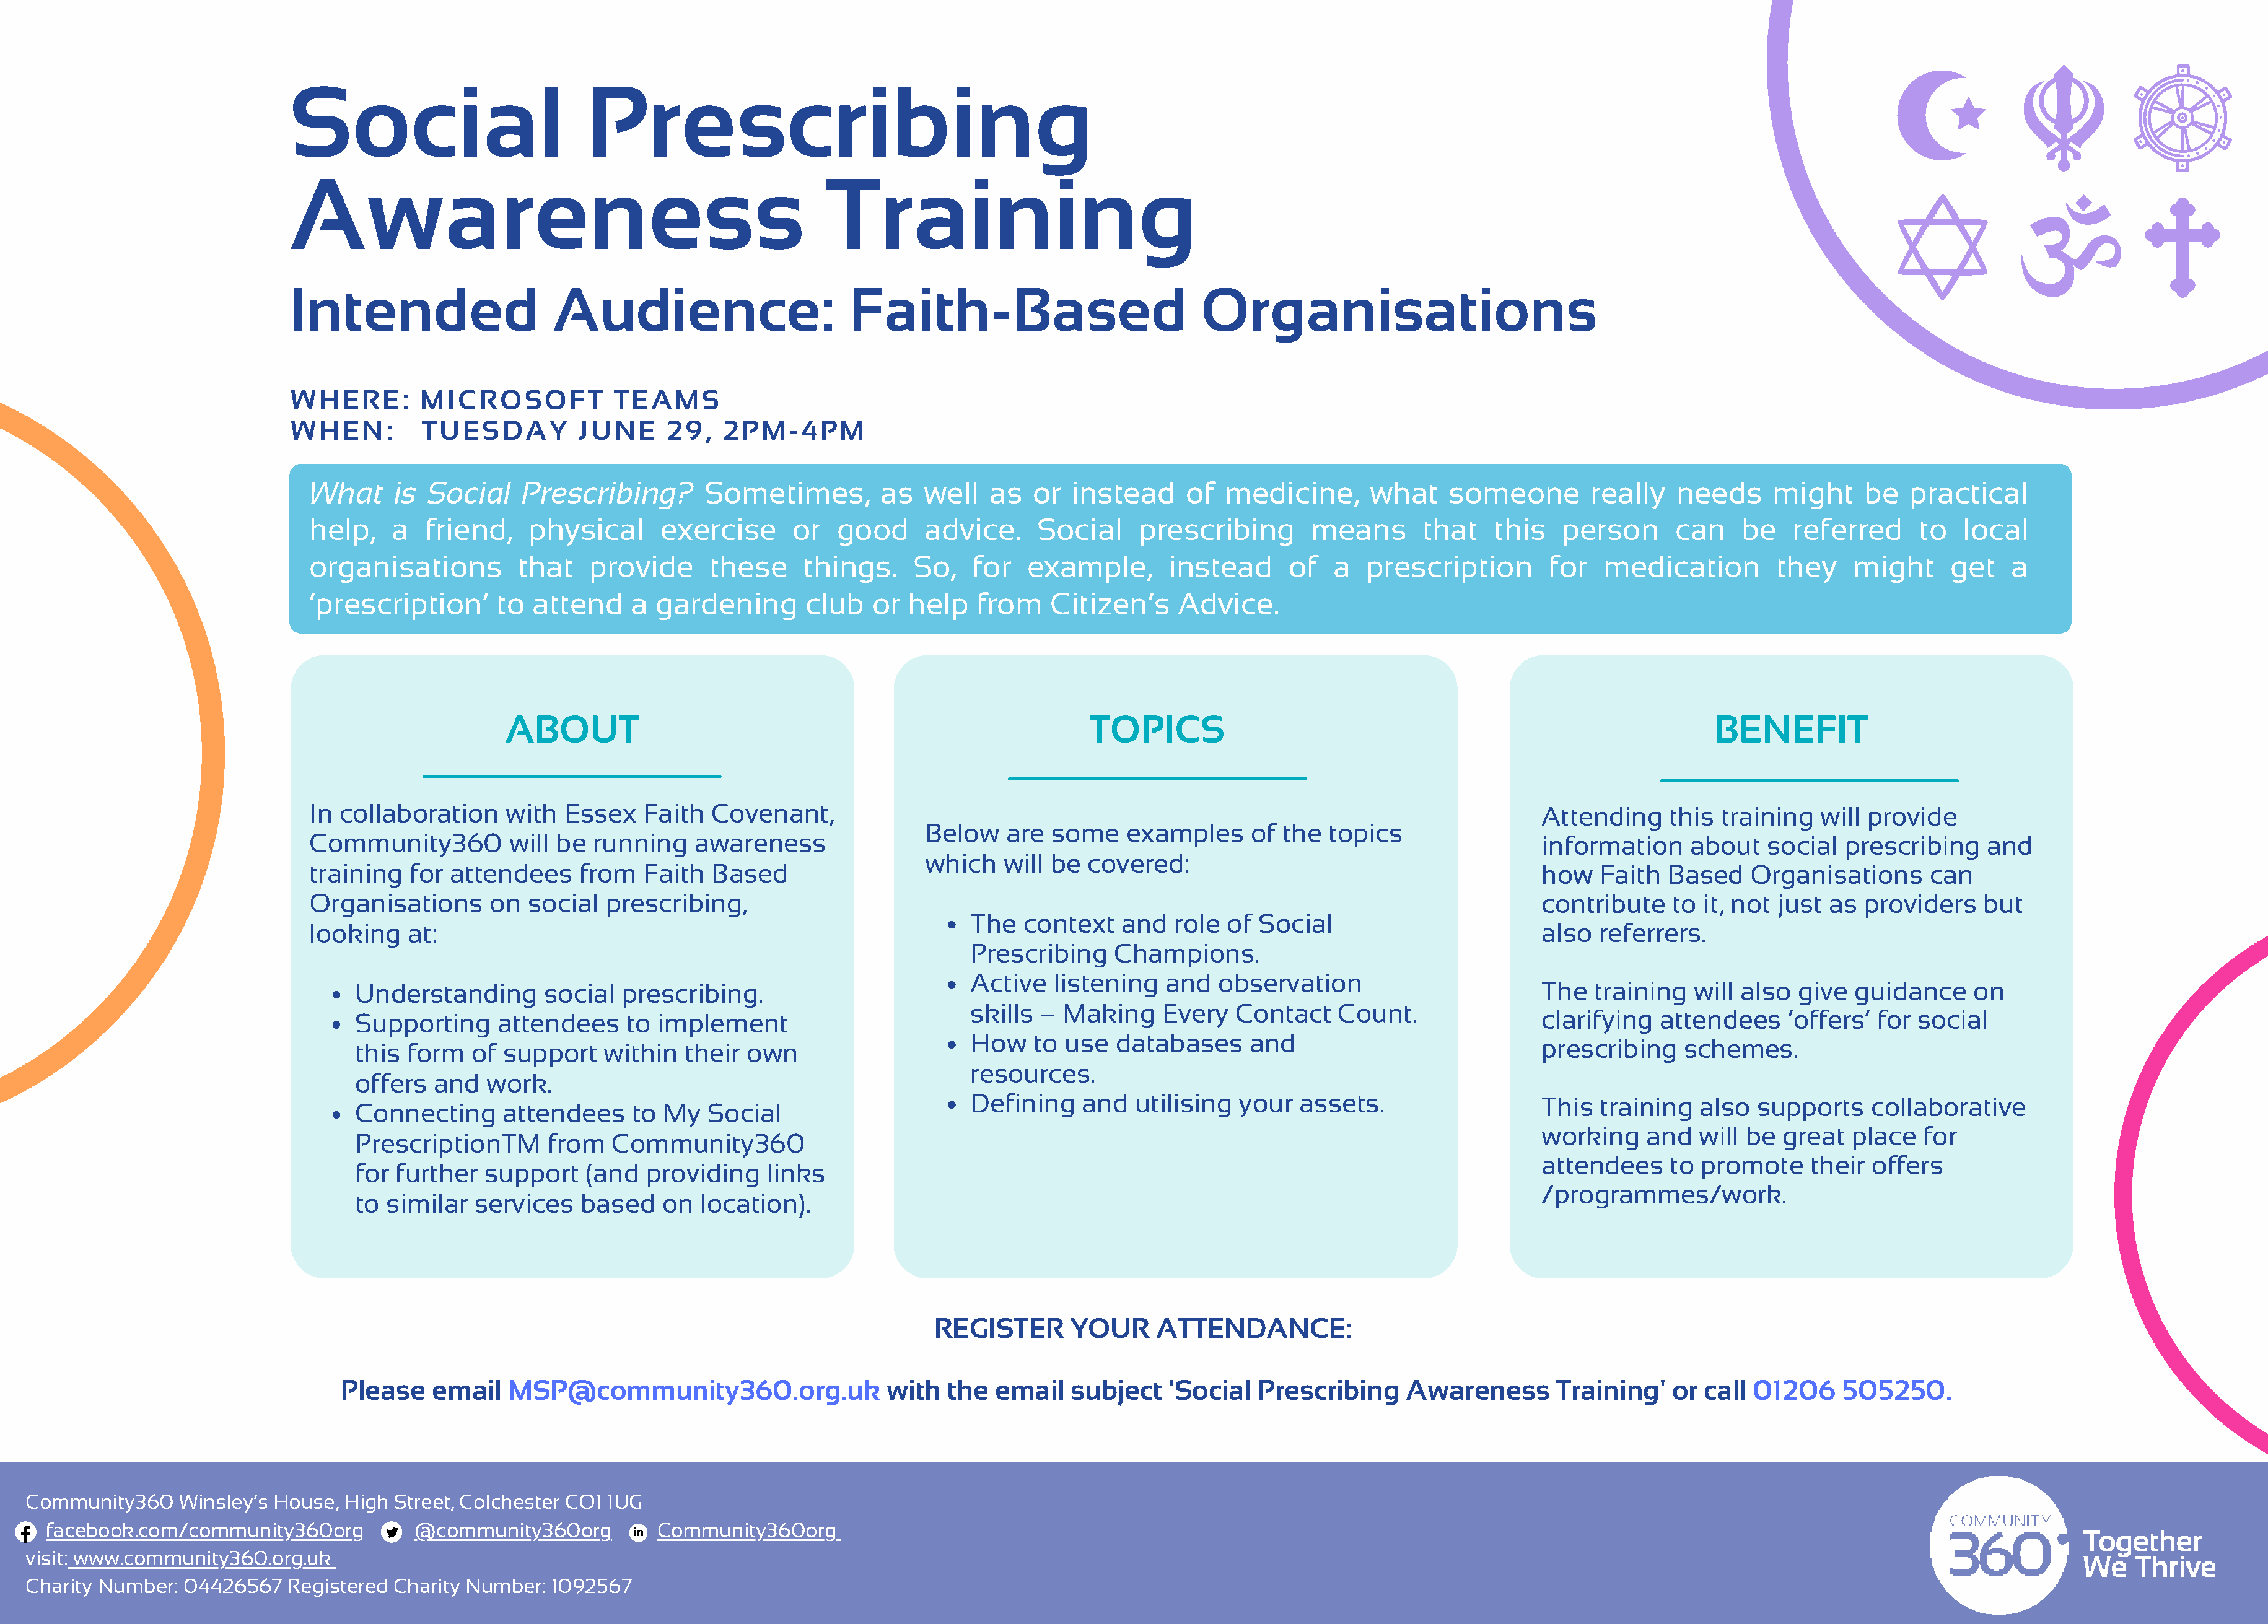
Social                          Prescribing
 Awareness                                                Training
 Intended                    Audience:                       Faith-Based                          Organisations
 WHERE:        MICROSOFT            TEAMS
 WHEN:         TUESDAY          JUNE     29,   2PM-4PM
 What     is  Social    Prescribing?       Sometimes,         as   well   as  or  instead      of  medicine,      what     someone        really   needs     might     be   practical
 help,    a  friend,    physical       exercise      or  good      advice.     Social     prescribing       means       that    this   person      can    be    referred     to   local
 organisations         that    provide      these     things.     So,   for   example,       instead      of  a   prescription       for   medication         they    might     get    a
 ‘prescription’      to  attend    a  gardening       club   or  help   from    Citizen’s     Advice.
 ABOUT                                                         TOPICS                                                             BENEFIT
 In collaboration     with  Essex    Faith  Covenant,                                                                                Attending    this  training   will provide
 Below    are some    examples      of the  topics
 Community360         will be  running    awareness                                                                                  information     about   social  prescribing    and
 which   will be  covered:
 training   for attendees     from   Faith  Based                                                                                    how   Faith  Based    Organisations      can
 Organisations      on  social   prescribing,                                                                                        contribute    to it, not just as  providers    but
 The  context    and  role  of Social
 looking    at:                                                                                                                      also  referrers.
 Prescribing    Champions.
 Active   listening   and  observation
 Understanding       social  prescribing.                                                                                       The  training   will also  give  guidance     on
 skills –  Making    Every   Contact    Count   .
 Supporting     attendees     to implement                                                                                      clarifying  attendees     ‘offers’  for social
 How   to  use  databases      and
 prescribing    schemes.
 this form   of  support    within  their  own
 resources.
 offers  and   work.
 Defining    and  utilising  your   assets.                   This  training   also  supports    collaborative
 Connecting      attendees    to  My   Social
 working    and   will be great   place   for
 PrescriptionTM       from  Community360
 attendees    to  promote    their  offers
 for further   support    (and  providing    links
 /programmes/work.
 to similar   services   based    on  location).
 REGISTER      YOUR      ATTENDANCE:
 Please    email   MSP@community360.org.uk                  with  the  email   subject    'Social  Prescribing     Awareness       Training'    or call 01206     505250.
 Community360    Winsley’s House,  High Street, Colchester CO1 1UG
 facebook.com/community360org           @community360org          Community360org
 visit: www.community360.org.uk
 Charity Number:  04426567   Registered Charity Number:  1092567